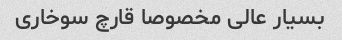
بسیار عالی مخصوصا قارچ سوخاری